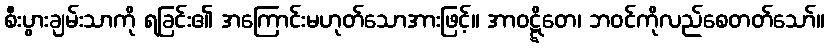
စီးပွားချမ်းသာကို ရခြင်း၏ အကြောင်းမဟုတ်သောအားဖြင့်။ အာဝဋ္ဋိတေ၊ ဘဝင်ကိုလည်စေတတ်သော်။